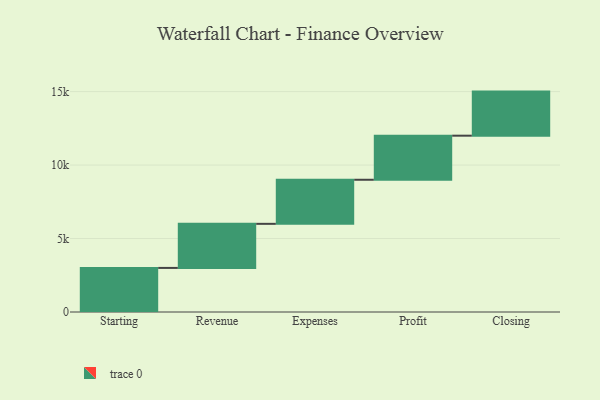
{"axis": {"x": "Step", "y": "Value"}, "legend": [""], "data": [{"x": "Starting", "y": 3000, "type": ""}, {"x": "Revenue", "y": 3000, "type": ""}, {"x": "Expenses", "y": 3000, "type": ""}, {"x": "Profit", "y": 3000, "type": ""}, {"x": "Closing", "y": 3000, "type": ""}]}